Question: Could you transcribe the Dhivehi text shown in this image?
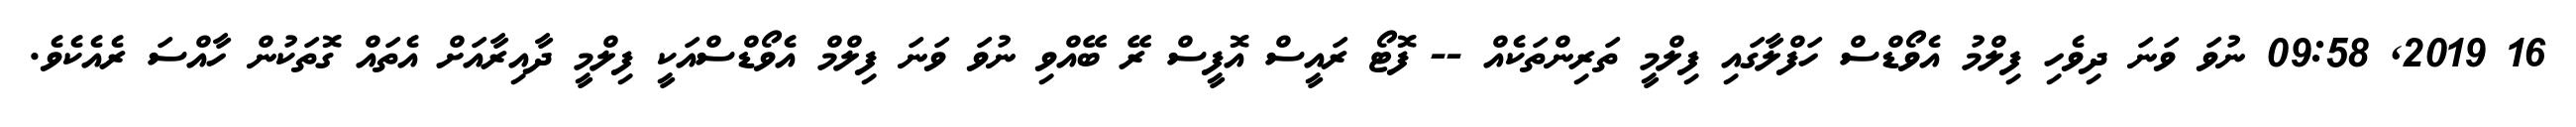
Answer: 16 2019, 09:58 ނުވަ ވަނަ ދިވެހި ފިލްމު އެވޯޑްސް ހަފްލާގައި ފިލްމީ ތަރިންތަކެއް -- ފޮޓޯ ރައީސް އޮފީސް ރޭ ބޭއްވި ނުވަ ވަނަ ފިލްމް އެވޯޑްސްއަކީ ފިލްމީ ދާއިރާއަށް އެތައް ގޮތަކުން ހާއްސަ ރެއެކެވެ.